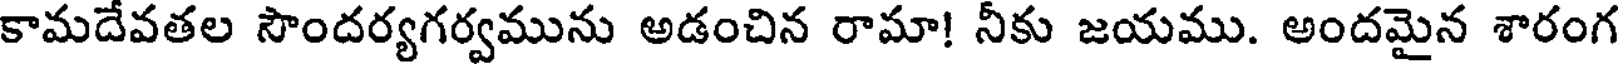
కామదేవతల సౌందర్యగర్వమును అడంచిన రామా! నీకు జయము. అందమైన శారంగ